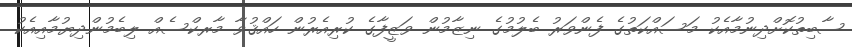
ސާބިތުކޮށްދިނުމާއެކު މަސައްކަތުގެ ފެންވަރު ބެލުމުގެ ނިޒާމުން ވަޒީފާގެ ކުރިއެރުން ހައްޤުވާ މާރކްސެއް ލިބެމުންދިޔުމާއިއެކު